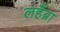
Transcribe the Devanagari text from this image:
लहँब्रा